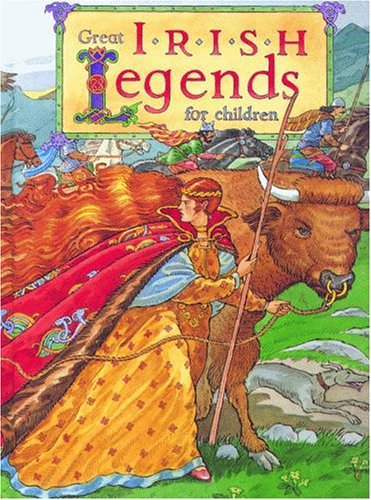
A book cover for Great Irish Legends for Children; Yvonne Carroll; Children's Books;